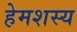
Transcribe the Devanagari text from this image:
हेमशस्य